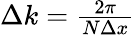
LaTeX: \begin{array}{r}{\Delta k=\frac{2\pi}{N\Delta x}}\end{array}